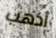
أذهب